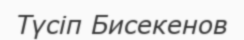
Түсіп Бисекенов